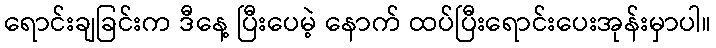
ရောင်းချခြင်းက ဒီနေ့ ပြီးပေမဲ့ နောက် ထပ်ပြီးရောင်းပေးအုန်းမှာပါ။